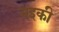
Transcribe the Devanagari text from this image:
नइकी